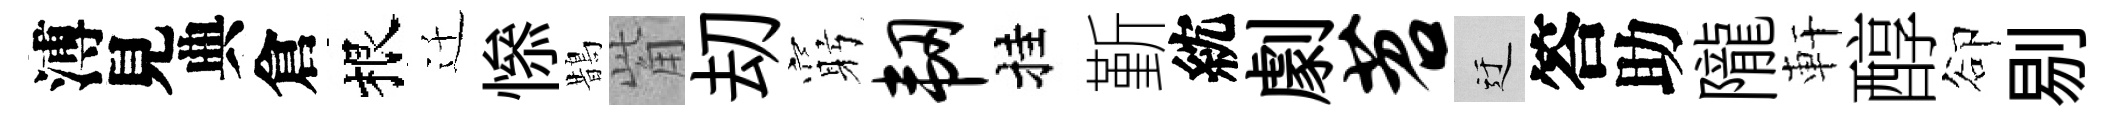
溥見典倉根迁𢡖鵲觜刧窮韧挂斳紞劇苕迂答助隴軒醇卻剔